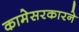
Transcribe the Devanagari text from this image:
कामेसरकारने